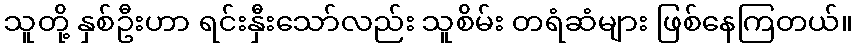
သူတို့ နှစ်ဦးဟာ ရင်းနှီးသော်လည်း သူစိမ်း တရံဆံများ ဖြစ်နေကြတယ်။